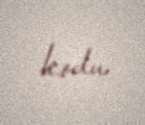
kodu.